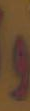
و